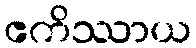
ဧကိဿာယ